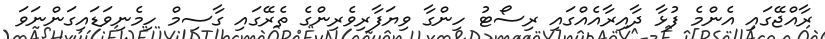
ރާއްޖޭގައި އެންމެ ފުޅާ ދާއިރާއެއްގައި ރިސޯޓު ހިންގާ ވިޔަފާރިވެރިންގެ ތެރޭގައި ގާސިމް ހިމެނިވަޑައިގަންނަވަ